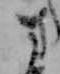
さ